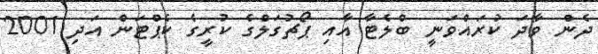
ދެން ވާދަ ކުރައްވަނީ ބްލެޓާ އާއި ޕޯޗުގަލްގެ ކުރީގެ ކެޕްޓަން އަދި 2001